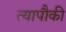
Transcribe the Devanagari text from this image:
त्यापौकी